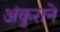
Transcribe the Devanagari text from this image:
अंकुराने